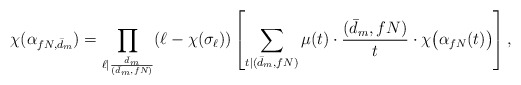
\begin{align*} \chi( \alpha_{fN,\bar{d}_m}) = \prod_{\ell \mid \frac{\bar{d}_m}{(\bar{d}_m, fN)}} (\ell - \chi(\sigma_{\ell})) \left[ \sum_{t \mid (\bar{d}_m,fN)} \mu(t) \cdot \frac{(\bar{d}_m,fN)}{t} \cdot \chi\big( \alpha_{fN}(t) \big) \right] ,\end{align*}